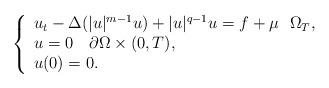
LaTeX: \begin{align*}\left\{ \begin{array}{l}{u_{t}}-{\Delta }(|u|^{m-1}u)+|u|^{q-1}u=f+\mu ~~\Omega _{T}, \\ {u}=0~~~\partial \Omega \times (0,T), \\ u(0)=0.\end{array}\right. \end{align*}